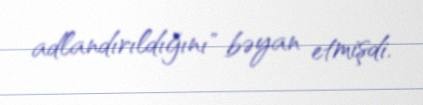
adlandırıldığını" bəyan etmişdi.